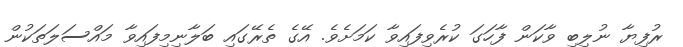
ރުފިޔާ ނުލިބި ވާކަން ފާހަގަ ކުރެވިފައިވާ ކަމަށެވެ. އޭގެ ތެރޭގައި ބަލާނިމިފައިވާ މައްސަލަތަކުން